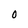
Character: O